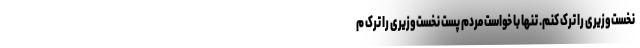
نخست‌وزیری را ترک کنم. تنها با خواست مردم پست نخست‌وزیری را ترک م